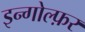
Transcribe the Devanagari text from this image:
इन्गोल्फ़र